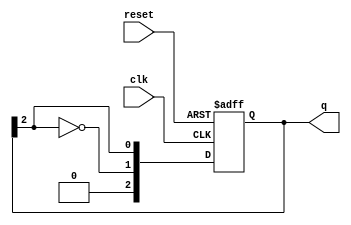
module johnson_counter #(parameter N = 3) (
    input wire clk,        // Clock input
    input wire reset,      // Asynchronous reset
    output reg [N-1:0] q   // Output of the counter
);

    always @(posedge clk or posedge reset) begin
        if (reset) begin
            q <= 0; // Initialize all flip-flops to 0 on reset
        end else begin
            // Shift the values and feed back the inverted last flip-flop output
            q <= {~q[N-1], q[N-1:N-1]}; // Shift and feedback
        end
    end

endmodule